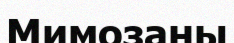
Мимозаны